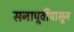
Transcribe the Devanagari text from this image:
सनापूर्वीपासून